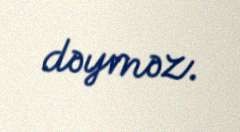
dəyməz.